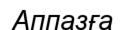
Аппазға